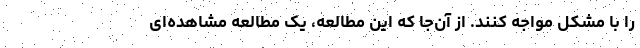
را با مشکل مواجه کنند. از آن‌جا که این مطالعه، یک مطالعه مشاهده‌ای